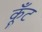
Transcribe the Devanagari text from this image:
कूँट